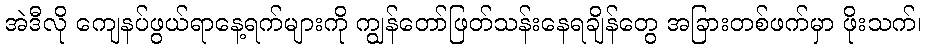
အဲဒီလို ကျေနပ်ဖွယ်ရာနေ့ရက်များကို ကျွန်တော်ဖြတ်သန်းနေရချိန်တွေ အခြားတစ်ဖက်မှာ ဖိုးသက်၊